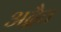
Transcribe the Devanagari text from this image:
अद्बैत